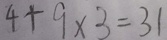
4 + 9 \times 3 = 3 1